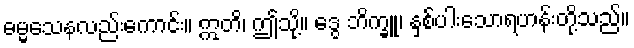
ဓမ္မသေနလည်းကောင်း။ ဣတိ၊ ဤသို့။ ဒွေ ဘိက္ခူ၊ နှစ်ပါးသောရဟန်းတို့သည်။